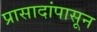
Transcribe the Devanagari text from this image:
प्रासादांपासून